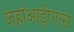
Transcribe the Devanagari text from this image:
जहांआईएएस